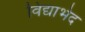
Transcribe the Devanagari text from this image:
विद्याभेद